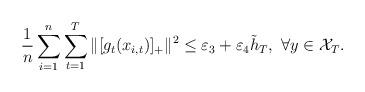
LaTeX: \begin{align*}\frac{1}{n}\sum_{i=1}^n\sum_{t=1}^T\|[g_{t}(x_{i,t})]_+\|^2\le\varepsilon_3+\varepsilon_4\tilde{h}_T,~\forall y\in\mathcal{X}_T.\end{align*}